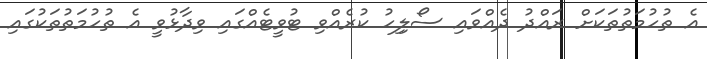
އެ ތުހުމަތުތަކަށް ރައްދު ދެއްވައި ސޯލިިހު ކުރެއްވި ޓުވީޓެއްގައި ވިދާޅުވީ އެ ތުހުމަތުތަކުގައި